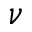
\nu